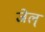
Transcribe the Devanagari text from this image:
जेल्